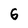
Character: 6